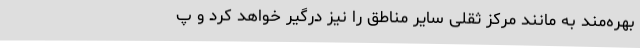
بهره‌مند به مانند مرکز ثقلی سایر مناطق را نیز درگیر خواهد کرد و پ